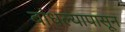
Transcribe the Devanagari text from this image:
बांधल्यापासून